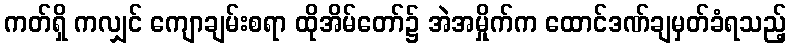
ကတ်ရှိ ကလျှင် ကျောချမ်းစရာ ထိုအိမ်တော်၌ အဲအမှိုက်က ထောင်ဒဏ်ချမှတ်ခံရသည့်